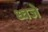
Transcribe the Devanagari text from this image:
ध्वजे